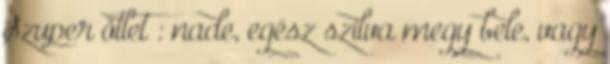
Szuper ötlet : nade, egész szilva megy bele, vagy